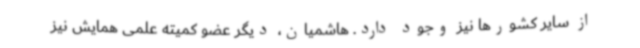
از سایر کشورها نیز وجود دارد. هاشمیان، دیگر عضو کمیته علمی همایش نیز